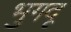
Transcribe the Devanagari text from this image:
भुगदू